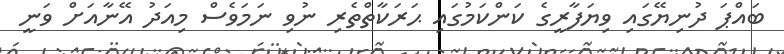
ބައްޕަ ދުނިޔޭގައި ވިޔަފާރީގެ ކަންކަމުގައި ޙަރަކާތްތެރި ނުވި ނަމަވެސް މިއަދު އޭނާއަށް ވަނީ